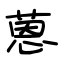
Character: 蒽